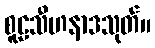
စူဠသီဟနာဒသုတ်။